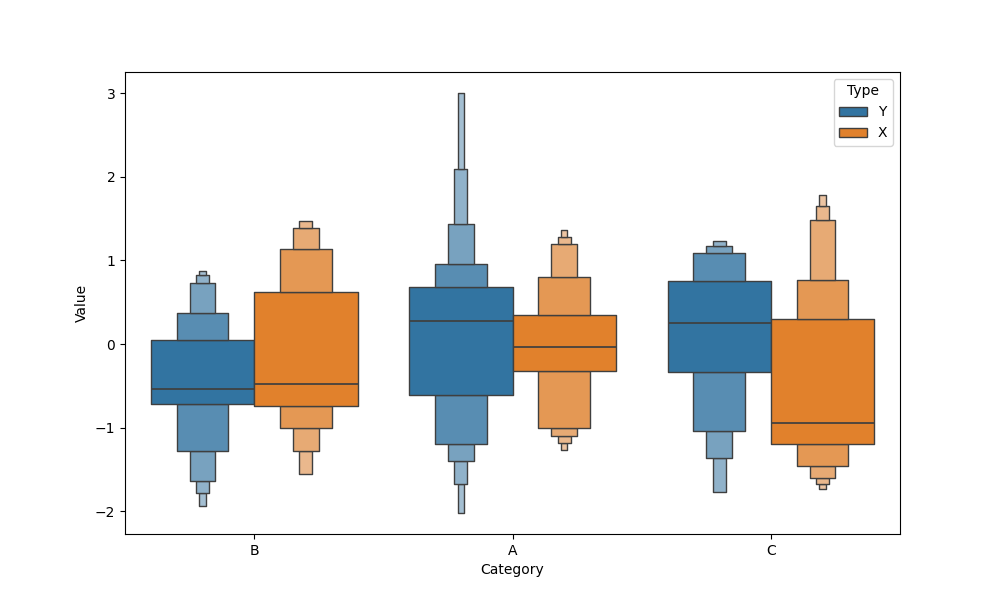
python, seaborn, boxenplot, k_depth='full', linewidth=1, scale='exponential', outlier_prop=0.1, showfliers=False